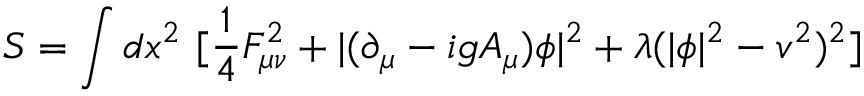
S = \int d x ^ { 2 } ~ [ \frac { 1 } { 4 } F _ { \mu \nu } ^ { 2 } + | ( \partial _ { \mu } - i g A _ { \mu } ) \phi | ^ { 2 } + \lambda ( | \phi | ^ { 2 } - v ^ { 2 } ) ^ { 2 } ]